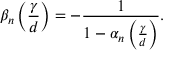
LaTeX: \beta _ { n } \left( \frac { \gamma } { d } \right) = - \frac { 1 } { 1 - \alpha _ { n } \left( \frac { \gamma } { d } \right) } .